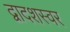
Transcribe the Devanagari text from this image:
द्वादशस्वर